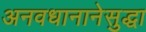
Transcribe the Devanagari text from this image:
अनवधानानेसुद्धा